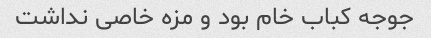
جوجه کباب خام بود و مزه خاصی نداشت